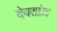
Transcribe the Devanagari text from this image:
देवतांत